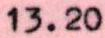
13.20